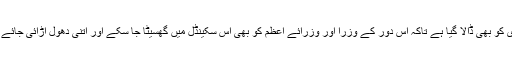
ساتھ ہی ن لیگ کے دور میں دی گئی سبسڈی کو بھی ڈالا گیا ہے تاکہ اس دور کے وزرا اور وزرائے اعظم کو بھی اس سکینڈل میں گھسیٹا جا سکے اور اتنی دھول اڑائی جائے کہ موجودہ سکیںڈل کے کردار چھپ جائیں۔